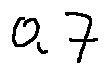
0 . 7